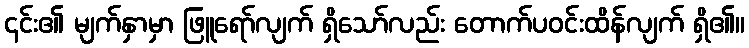
၎င်း၏ မျက်နှာမှာ ဖြူရော်လျက် ရှိသော်လည်း တောက်ပဝင်းထိန်လျက် ရှိ၏။